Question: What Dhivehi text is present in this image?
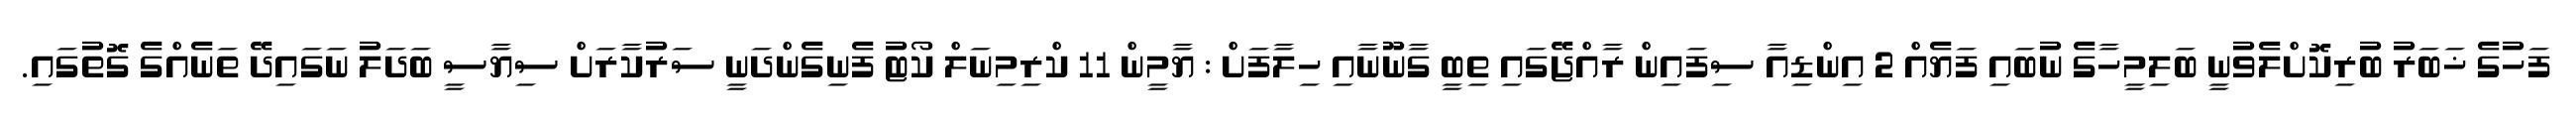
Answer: ފަހުގެ ޚަބަރު ބުރިކޮށްލެވުނީ ބަލިމީހާގެ ނުބައި ފަޔެއް 2 އިންޑިއާ ސިފައިން ރާއްޖޭގައި ތިބީ ގާނޫނާއި ހިލާފަށް : ޔާމީން 11 ކްރިމިނަލް ކޯޓު ފެނިގެންދަނީ ސަރުކާރަށް ސިޔާސީ ބަދަލު ނަގައިދޭ ތަނެއްގެ ގޮތުގައި.